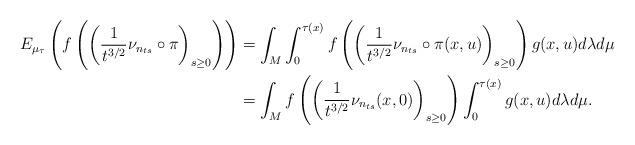
LaTeX: \begin{align*}E_{\mu_\tau}\left(f\left(\left(\frac{1}{t^{3/2}}\nu_{n_{ts}}\circ \pi \right)_{s \geq 0}\right)\right)&=\int_M \int_0^{\tau(x)}f\left(\left(\frac{1}{t^{3/2}}\nu_{n_{ts}}\circ \pi(x,u)\right)_{s \geq 0}\right)g(x,u)d\lambda d\mu \\&=\int_M f \left(\left(\frac{1}{t^{3/2}}\nu_{n_{ts}}(x,0)\right)_{s \geq 0}\right)\int_0^{\tau(x)}g(x,u)d\lambda d\mu.\end{align*}